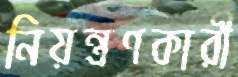
নিয়ন্ত্রণকারী